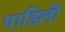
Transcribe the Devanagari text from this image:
पाडिली